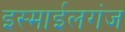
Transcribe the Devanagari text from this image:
इस्माईलगंज